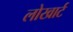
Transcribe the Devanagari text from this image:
लोखार्ट